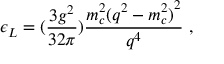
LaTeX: \epsilon _ { L } = ( \frac { 3 g ^ { 2 } } { 3 2 \pi } ) \frac { m _ { c } ^ { 2 } { ( q ^ { 2 } - m _ { c } ^ { 2 } ) } ^ { 2 } } { q ^ { 4 } } ~ ,